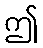
ဤ